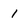
Character: 1